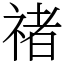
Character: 禇